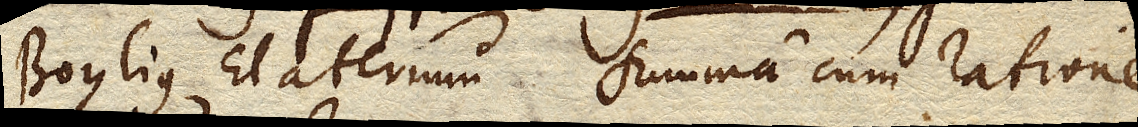
Boylius Elaterium summa cum ratione